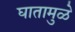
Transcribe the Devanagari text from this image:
घातामुळे